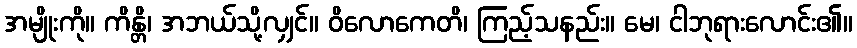
အမျိုးကို။ ကိန္တိ၊ အဘယ်သို့လျှင်။ ဝိလောကေတိ၊ ကြည့်သနည်း။ မေ၊ ငါဘုရားလောင်း၏။